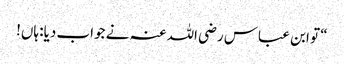
“ تو ابن عباس رضی اللہ عنہ نے جواب دیا: ہاں!